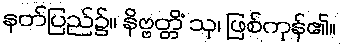
နတ်ပြည်၌။ နိဗ္ဗတ္တိံ သု၊ ဖြစ်ကုန်၏။